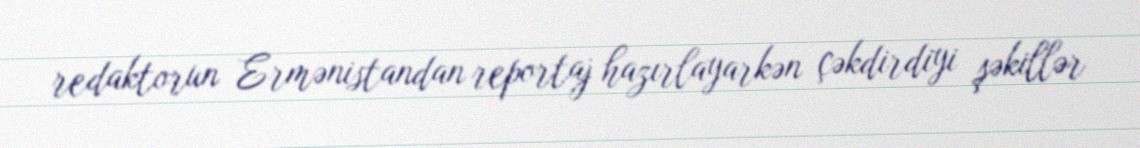
redaktorun Ermənistandan reportaj hazırlayarkən çəkdirdiyi şəkillər